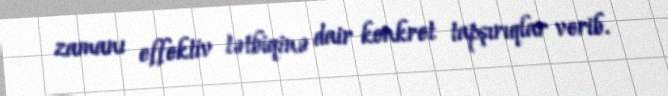
zamanı effektiv tətbiqinə dair konkret tapşırıqlar verib.